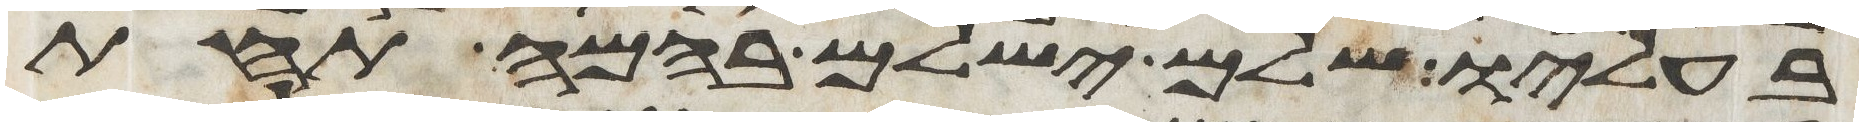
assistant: בעליו שלם ישלם בהמה תחת